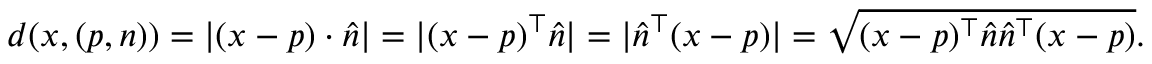
d ( x , ( p , n ) ) = | ( x - p ) \cdot { \hat { n } } | = | ( x - p ) ^ { \top } { \hat { n } } | = | { \hat { n } } ^ { \top } ( x - p ) | = { \sqrt { ( x - p ) ^ { \top } { \hat { n } } { \hat { n } } ^ { \top } ( x - p ) } } .